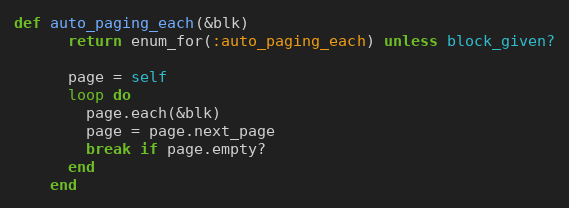
Language: Ruby
def auto_paging_each(&blk)
      return enum_for(:auto_paging_each) unless block_given?

      page = self
      loop do
        page.each(&blk)
        page = page.next_page
        break if page.empty?
      end
    end